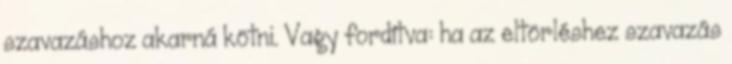
szavazáshoz akarná kötni. Vagy fordítva: ha az eltörléshez szavazás